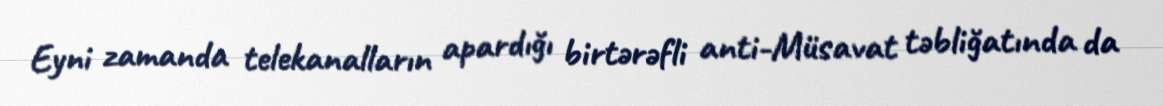
Eyni zamanda telekanalların apardığı birtərəfli anti-Müsavat təbliğatında da